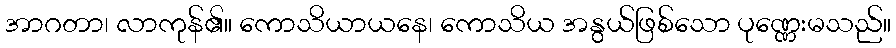
အာဂတာ၊ လာကုန်၏။ ကောသိယာယနေ၊ ကောသိယ အနွယ်ဖြစ်သော ပုဏ္ဏေးမသည်။